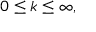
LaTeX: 0 \leq k \leq \infty ,